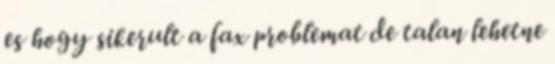
es hogy sikerult a fax problemat de talan lehetne